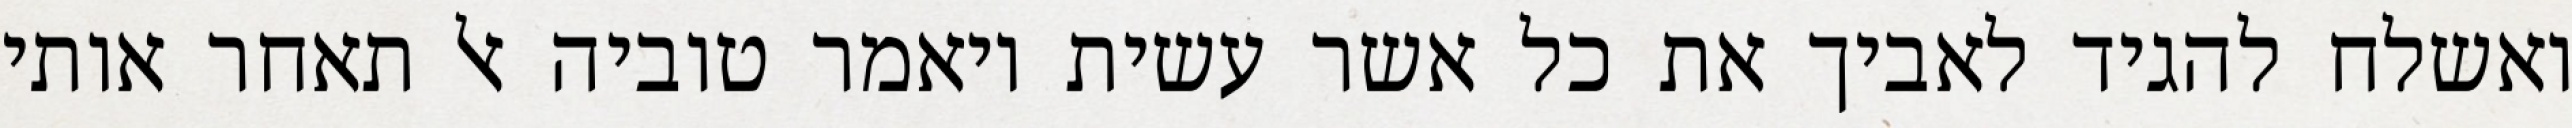
ואשלח להגיד לאביך את כל אשר עשית ויאמר טוביה אל תאחר אותי